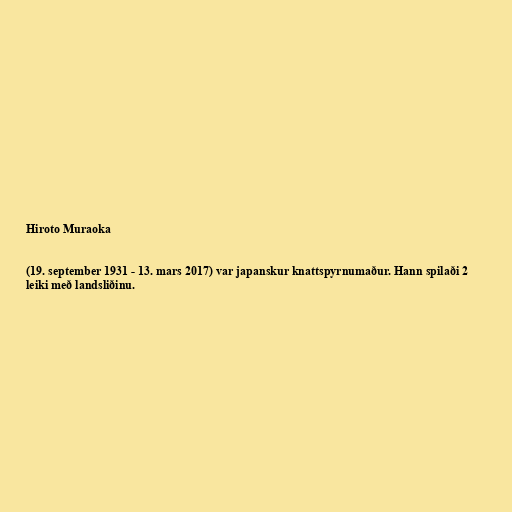
Hiroto Muraoka

(19. september 1931 - 13. mars 2017) var japanskur knattspyrnumaður. Hann spilaði 2
leiki með landsliðinu.